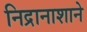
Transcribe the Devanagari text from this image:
निद्रानाशाने